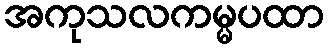
အကုသလကမ္မပထာ